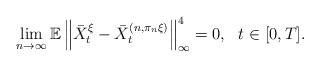
LaTeX: \begin{align*}\lim_{n\to \infty}\mathbb{E}\left\|\bar{X}^{\xi}_{t}-\bar{X}^{(n,\pi_{n}\xi)}_{t}\right\|_{\infty}^{4}=0, \ \ t\in[0,T].\end{align*}